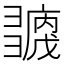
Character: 𢑶